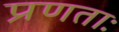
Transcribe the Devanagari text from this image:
प्रणताः